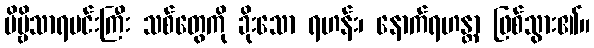
ဗိမ္ဗိသာရမင်းကြီး သစ်တွေကို ခိုးသော ရဟန်း၊ နောက်ရဟန္တာ ဖြစ်သွား၏။